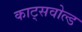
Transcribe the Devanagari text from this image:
काट्सवोल्ड